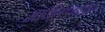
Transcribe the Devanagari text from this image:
आर्यलडमधील